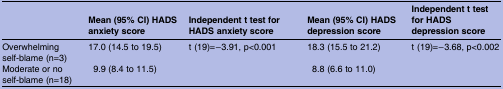
<table><thead><tr><td></td><td><b>Mean (95% CI) HADS anxiety score</b></td><td><b>Independent t test for HADS anxiety score</b></td><td><b>Mean (95% CI) HADS depression score</b></td><td><b>Independent t test for HADS depression score</b></td></tr></thead><tbody><tr><td>Overwhelming self-blame (n=3)</td><td>17.0 (14.5 to 19.5)</td><td rowspan="2">t (19)=−3.91, p&lt;0.001</td><td>18.3 (15.5 to 21.2)</td><td rowspan="2">t (19)=−3.68, p&lt;0.002</td></tr><tr><td>Moderate or no self-blame (n=18)</td><td>9.9 (8.4 to 11.5)</td><td>8.8 (6.6 to 11.0)</td></tr></tbody></table>